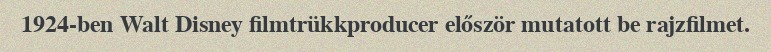
1924-ben Walt Disney filmtrükkproducer először mutatott be rajzfilmet.